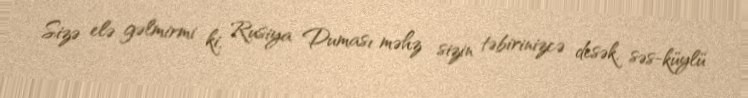
Sizə elə gəlmirmi ki, Rusiya Duması məhz sizin təbirinizcə desək, səs-küylü